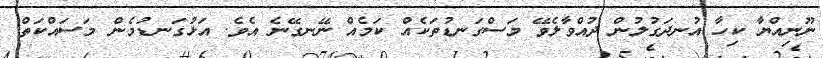
ނޫނިއްޔާ ކިހާ އުނދަގުލުން ދުއްވާލެވޭ މަސްގަނޑުތަކެއް ކަމެއް ނޭނގޭނެ އެވެ. އަޅުގަނޑުމެން މަސައްކަތް